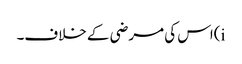
i)اس کی مرضی کے خلاف۔